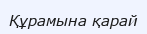
Құрамына қарай